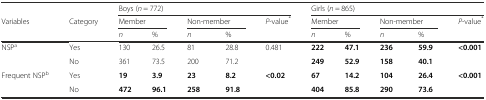
<table><thead><tr><td></td><td></td><td colspan="5"><b>Boys (<i>n</i> = 772)</b></td><td colspan="5"><b>Girls (<i>n</i> = 865)</b></td></tr><tr><td><b>Variables</b></td><td><b>Category</b></td><td colspan="2"><b>Member</b></td><td colspan="2"><b>Non-member</b></td><td><b><i>P</i>-value<sup>*</sup></b></td><td colspan="2"><b>Member</b></td><td colspan="2"><b>Non-member</b></td><td><b><i>P</i>-value<sup>*</sup></b></td></tr><tr><td></td><td></td><td><b><i>n</i></b></td><td><b>%</b></td><td><b><i>n</i></b></td><td><b>%</b></td><td></td><td><b><i>n</i></b></td><td><b>%</b></td><td><b><i>n</i></b></td><td><b>%</b></td><td></td></tr></thead><tbody><tr><td>NSP<sup>a</sup></td><td>Yes</td><td>130</td><td>26.5</td><td>81</td><td>28.8</td><td>0.481</td><td><b>222</b></td><td><b>47.1</b></td><td><b>236</b></td><td><b>59.9</b></td><td><b>&lt;0.001</b></td></tr><tr><td></td><td>No</td><td>361</td><td>73.5</td><td>200</td><td>71.2</td><td></td><td><b>249</b></td><td><b>52.9</b></td><td><b>158</b></td><td><b>40.1</b></td><td></td></tr><tr><td>Frequent NSP<sup>b</sup></td><td>Yes</td><td><b>19</b></td><td><b>3.9</b></td><td><b>23</b></td><td><b>8.2</b></td><td><b>&lt;0.02</b></td><td><b>67</b></td><td><b>14.2</b></td><td><b>104</b></td><td><b>26.4</b></td><td><b>&lt;0.001</b></td></tr><tr><td></td><td>No</td><td><b>472</b></td><td><b>96.1</b></td><td><b>258</b></td><td><b>91.8</b></td><td></td><td><b>404</b></td><td><b>85.8</b></td><td><b>290</b></td><td><b>73.6</b></td><td></td></tr></tbody></table>